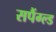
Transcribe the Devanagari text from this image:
सपैंग्ल्ड